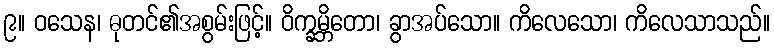
၉။ ဝသေန၊ ဓုတင်၏အစွမ်းဖြင့်။ ဝိက္ခမ္ဘိတော၊ ခွာအပ်သော။ ကိလေသော၊ ကိလေသာသည်။